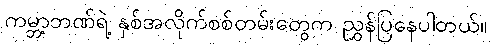
ကမ္ဘာ့ဘဏ်ရဲ့ နှစ်အလိုက်စစ်တမ်းတွေက ညွှန်ပြနေပါတယ်။